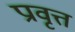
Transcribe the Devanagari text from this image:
प्रावृत्त